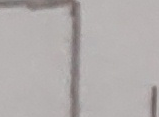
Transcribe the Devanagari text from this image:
१